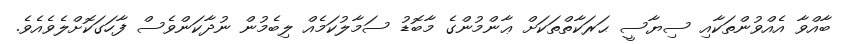
ބާއްވާ އެއްވުންތަކާއި ސިޔާސީ ޙަރަކާތްތަކަށް ޢާންމުންގެ މާބޮޑު ސަމާލުކަމެއް ލިބެމުން ނުދާކަންވެސް ފާހަގަކޮށްލެވެއެވެ.